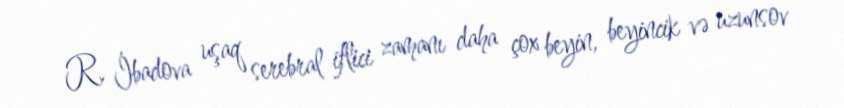
R. İbadova uşaq serebral iflici zamanı daha çox beyin, beyincik və uzunsov